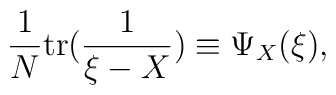
{1\over N}{\rm{tr}}({1\over \xi-X}) \equiv \Psi_X(\xi),